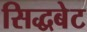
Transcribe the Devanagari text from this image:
सिद्धबेट